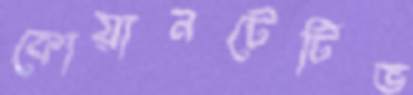
কোয়ানটেটিভ